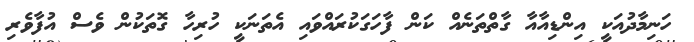
ހަނިމާދުއަކީ އިންޑިއާއާ ގާތްތަނެއް ކަން ފާހަގަކުރައްވައި އެތަނަކީ ހުރިހާ ގޮތަކުން ވެސް އުފާވެރި